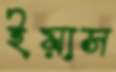
ইয়াস